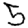
Digit: 5